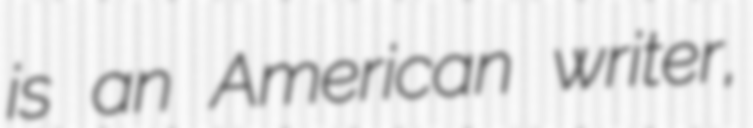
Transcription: is an American writer,